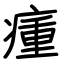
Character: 瘇